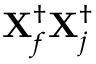
\mathbf { X } _ { f } ^ { \dagger } \mathbf { X } _ { j } ^ { \dagger }